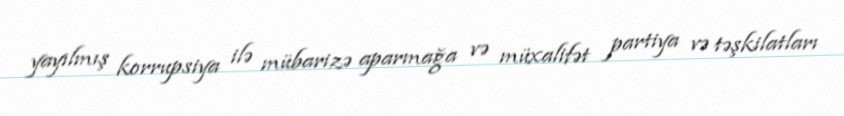
yayılmış korrupsiya ilə mübarizə aparmağa və müxalifət partiya və təşkilatları